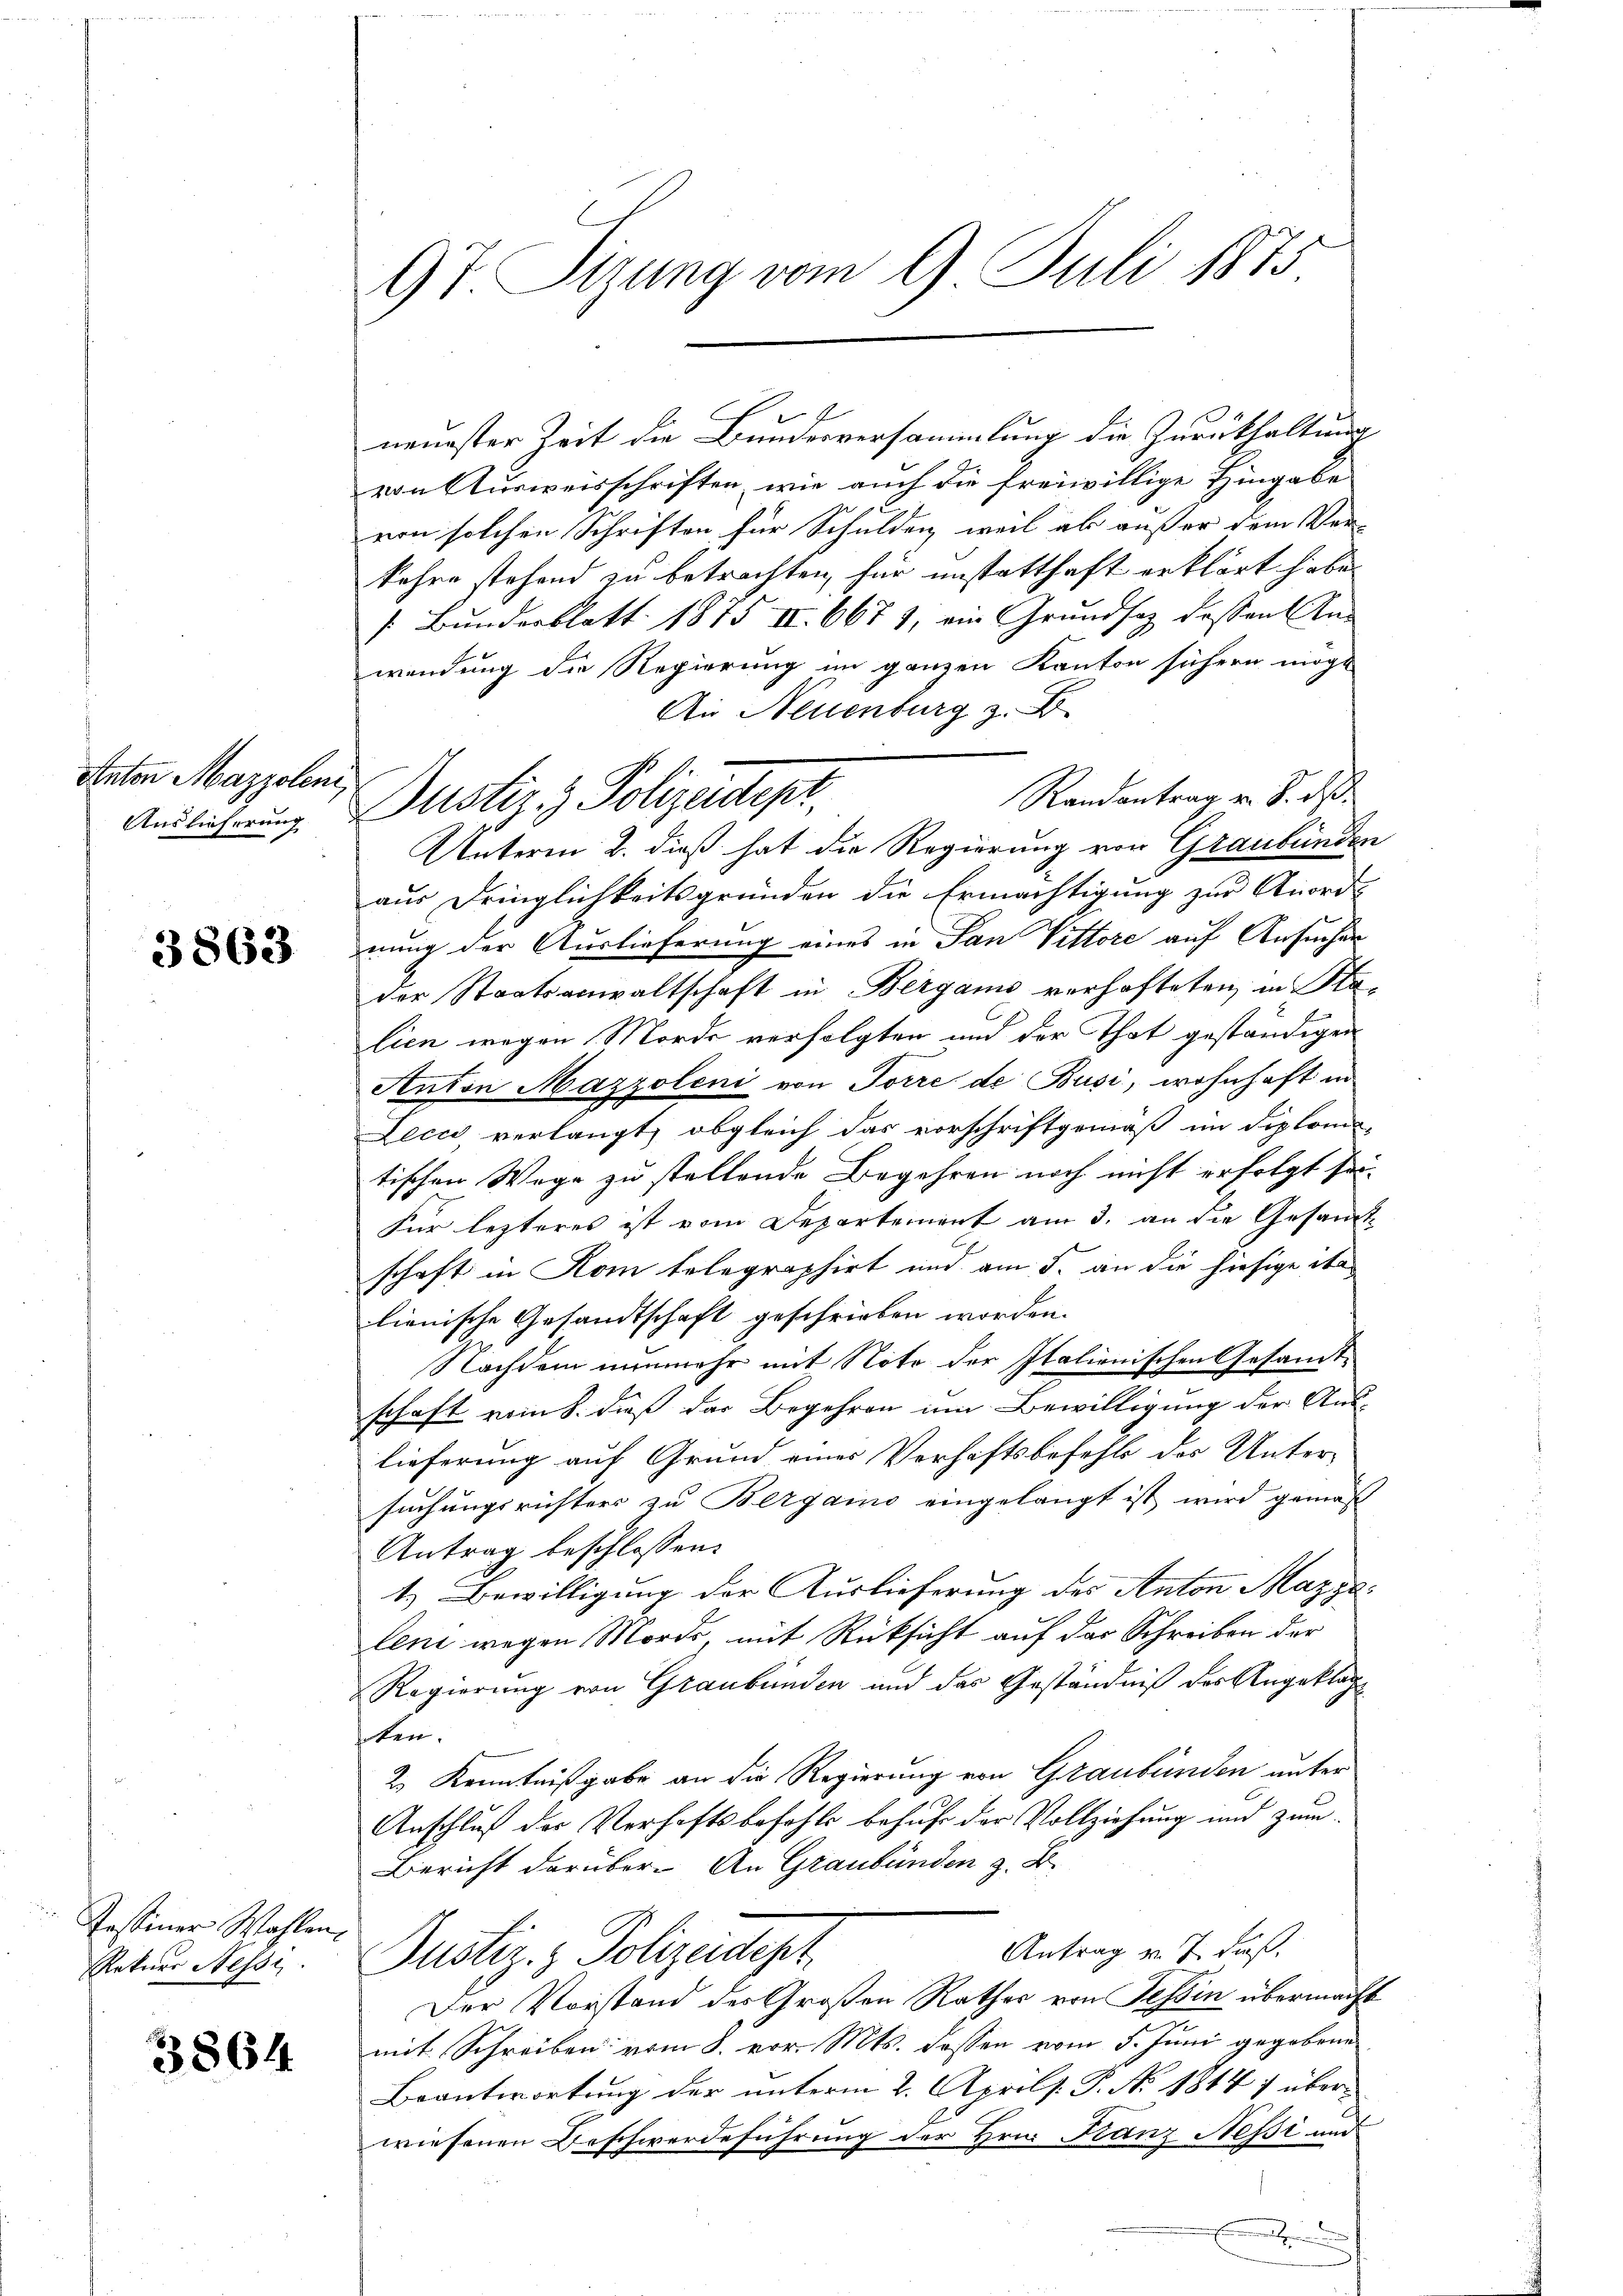
Anton Mazzolen
Auslieferung

3863

Tessiner Wahlen,
Rekurs Nessi

3864

97. Sitzung vom 9. Juli 1875

f
neuester Zeit die Bundesversammlung die Zurückhaltung
von Ausweisschriften, wie auch die freiwillige Hingabe
ven solchen Schriften für Schulden, weil ab außer dem Ver-
kehre stehend zu betrachten, für unstatthaft erklärt habe
 Bunderblatt 1875 II. 6671, ein Grundsaz dessen An-
wendung die Regierung im ganzen Kanton fühern mögt
An Neuenburg z. B.
Randantrag v. d. d.
Unterm 2. dieß hat die Regierung von Graubündeaus Dringlichkeitsgründen die Ermächtigung zur Anord-
nung der Auslieferung eines in San Vittore auf Ansuchen
der Staatsanwaltschaft Bergams verhafteten, in Sta
lien wegen Morde verfolgten und der That geständigen
Anton Mazzoleni von Torre de Busi, wohnhaft in
Lecco verlangt, obgleich das vorschriftgemäß im diplom
tischen Wege zu stellende Begehren noch nicht erfolgt se
Für lezteres ist vom Departement am 3. an die Gesamschaft in Rom telegraphirt und am 5. an die hiesige Na
lienische Gesandtschaft geschrieben worden.
Nachdem nunmehr mit Note der Italienischen Gesamt-
schaft vom 8. dieß das Begehren um Bewilligung der Aus-
lieferung auf Grund eines Verhaftsbefehls des Unter-
suchungsrichters zu Bergaino eingelangt ist wird gemäß
Antrag beschlossen:
1.) Bewilligung der Auslieferung des Anton Mazza
len wegen Morde, mit Rücksicht auf das Schreiben der
Regierung von Graubünden und das Geständniß der Angeklage
ten.
2) Kenntnißgabe an die Regierung von Graubünden unter
Anschluß des Verhaftsbefohle behufe der Vollziehung und zum
Bericht darüber. An Graubünden z. B.
Antrag v. J. daß
Justiz- & Polizeidept
Der Vorstand des Großen Rathes von Tessin übermach
mit Schreiben vom 8. vor. Mts. dassen vom 5. Juni gegebene
Beantwortung der unterm 2. Aprils. P. No 1814) über-
wiesenen Beschwerdeführung der Hrn. Franz Nessi und
E

Justiz & Polizeidept,